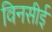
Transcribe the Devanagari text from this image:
विनसीई